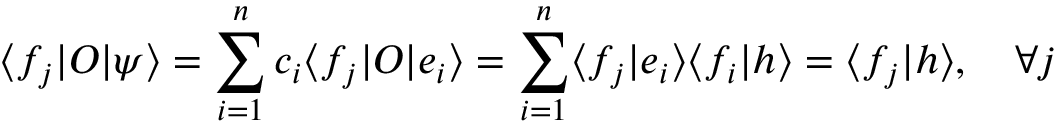
\langle f _ { j } | O | \psi \rangle = \sum _ { i = 1 } ^ { n } c _ { i } \langle f _ { j } | O | e _ { i } \rangle = \sum _ { i = 1 } ^ { n } \langle f _ { j } | e _ { i } \rangle \langle f _ { i } | h \rangle = \langle f _ { j } | h \rangle , \quad \forall j